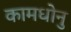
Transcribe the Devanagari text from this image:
कामधोनु